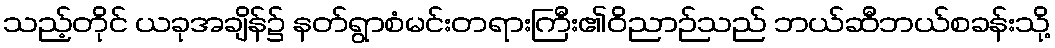
သည့်တိုင် ယခုအချိန်၌ နတ်ရွာစံမင်းတရားကြီး၏ဝိညာဉ်သည် ဘယ်ဆီဘယ်စခန်းသို့